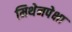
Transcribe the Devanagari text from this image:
मिथेनपेक्षा